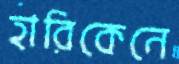
হারিকেনে